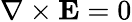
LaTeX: \nabla\times\mathbf{E}=0